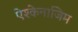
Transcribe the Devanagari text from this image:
ऐश्केनाजिम